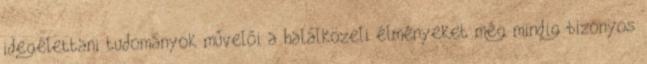
idegélettani tudományok művelői a halálközeli élményeket még mindig bizonyos